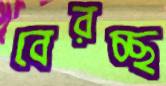
বেরচ্ছ